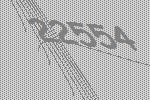
22554